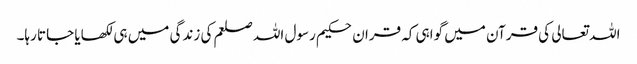
اللہ تعالی کی قرآن میں گواہی کہ قران حکیم رسول اللہ صلعم کی زندگی میں ہی لکھایا جاتا رہا۔